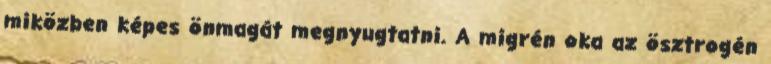
miközben képes önmagát megnyugtatni. A migrén oka az ösztrogén